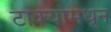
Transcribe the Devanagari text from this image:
टाक्यांमधून